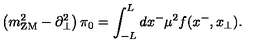
\left( m _ { \mathrm { Z M } } ^ { 2 } - \partial _ { \perp } ^ { 2 } \right) \pi _ { 0 } = \int _ { - L } ^ { L } d x ^ { - } \mu ^ { 2 } f ( x ^ { - } , x _ { \perp } ) .